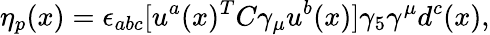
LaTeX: \eta_{p}(x)=\epsilon_{abc}[u^{a}(x)^{T}C\gamma_{\mu}u^{b}(x)]\gamma_{5}\gamma^{\mu}d^{c}(x),